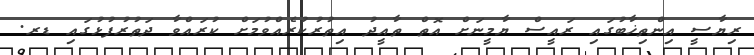
ރިޔާސީ އިންތިޚާބުގައި ރައީސް ޔާމީނަށް އޮތް ތާއީދު އިތުރުކުރެއްވުމަށް ކުރައްވާ ދަތުރުފުޅުގައި ޑރ.